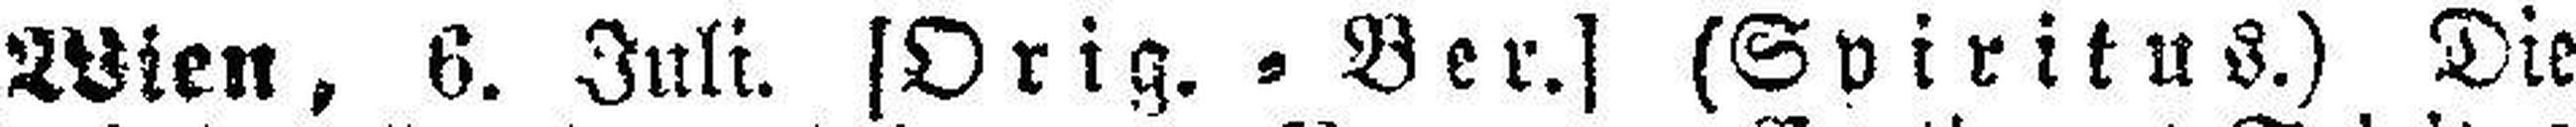
Wien, 6. Juli. [Orig. = Ber.] (Spiritus.) Die